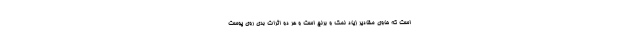
است که حاوی مقادیر زیاد نمک و برنج است و هر دو اثرات بدی روی پوست